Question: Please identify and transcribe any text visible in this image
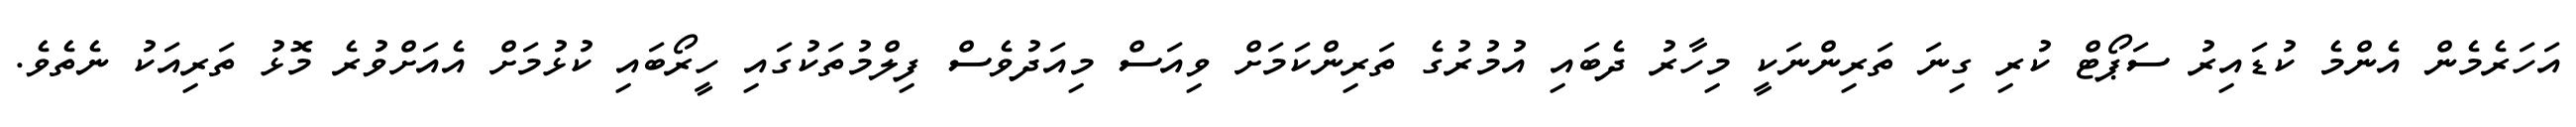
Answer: އަހަރެމެން އެންމެ ކުޑައިރު ސަޕޯޓް ކުރި ގިނަ ތަރިންނަކީ މިހާރު ދެބައި އުމުރުގެ ތަރިންކަމަށް ވިއަސް މިއަދުވެސް ފިލްމުތަކުގައި ހީރޯބައި ކުޅުމަށް އެއަށްވުރެ މޮޅު ތަރިއަކު ނެތެވެ.